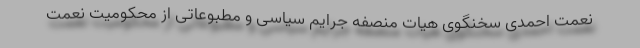
نعمت احمدی سخنگوی هیات منصفه جرایم سیاسی و مطبوعاتی از محکومیت نعمت